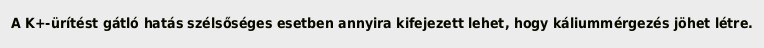
A K+-ürítést gátló hatás szélsőséges esetben annyira kifejezett lehet, hogy káliummérgezés jöhet létre.